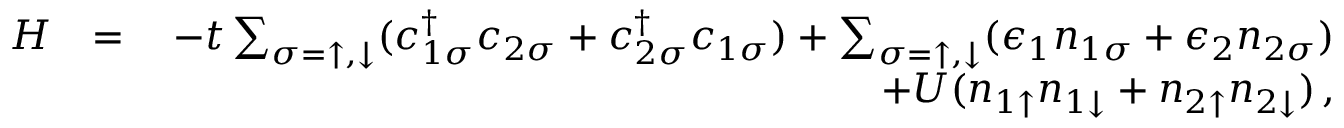
\begin{array} { r l r } { H } & { = } & { - t \sum _ { \sigma = \uparrow , \downarrow } ( c _ { 1 \sigma } ^ { \dagger } c _ { 2 \sigma } + c _ { 2 \sigma } ^ { \dagger } c _ { 1 \sigma } ) + \sum _ { \sigma = \uparrow , \downarrow } ( \epsilon _ { 1 } n _ { 1 \sigma } + \epsilon _ { 2 } n _ { 2 \sigma } ) } \\ & { \quad } & { + U ( n _ { 1 \uparrow } n _ { 1 \downarrow } + n _ { 2 \uparrow } n _ { 2 \downarrow } ) \, , } \end{array}